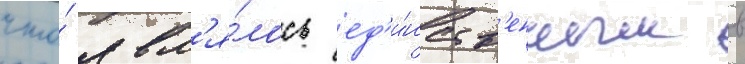
что́ явл'я́лось ед'и́нств'енным в